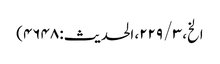
الخ، ۳ / ۲۲۹، الحدیث: ۴۶۴۸)